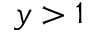
y > 1